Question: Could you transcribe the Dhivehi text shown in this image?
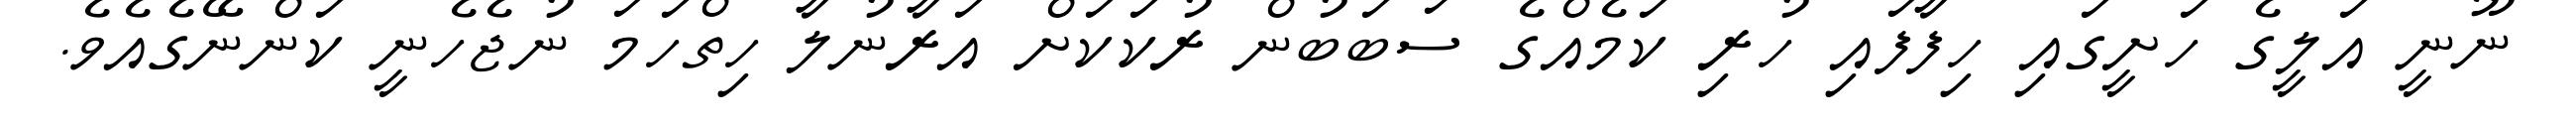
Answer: ނޫނީ އަލީގެ ހަށީގައި ހިފާފައި ހުރި ކަމެއްގެ ސަބަބުން ރުކަކަށް އަރާނުލާ ހިތްހަމަ ނުޖެހެނީ ކަންނޭގެއެވެ.